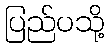
ပြည်ပသို့